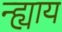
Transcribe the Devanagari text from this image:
न्ह्याय